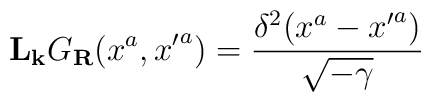
{\bf L}_{\bf k}G_{\bf R}(x^a,{x'}^a) = 	\frac{\delta^2(x^a-{x'}^a)}{\sqrt{-\gamma}}